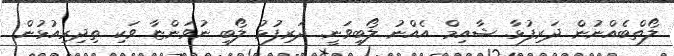
ލޯތްބެއްނުން ދަރިފުޅާ. ޝާއިމް އެއްނު ލޯބިވަނީ. ދަރިފުޅު ލޯބި ނުވަންޏާ ވަކި ތިދިރިއުޅުން